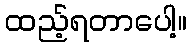
ထည့်ရတာပေါ့။